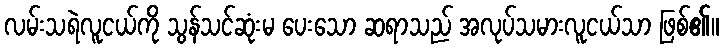
လမ်းသရဲလူငယ်ကို သွန်သင်ဆုံးမ ပေးသော ဆရာသည် အလုပ်သမားလူငယ်သာ ဖြစ်၏။